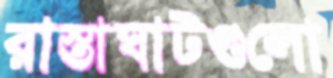
রাস্তাঘাটগুলো